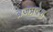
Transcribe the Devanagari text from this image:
ब्रजप्रदेश